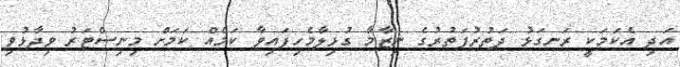
އަދި އެކަމަކީ ރަނގަޅު ދަތުރުފަތުރުގެ ނިޒާމާ ގުޅިލާމެހިފައިވާ ކަމެއް ކަމަށް މިނިސްޓަރު ވިދާޅުވި